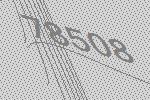
78508